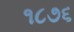
૧૮૭૬